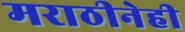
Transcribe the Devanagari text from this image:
मराठीनेही